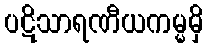
ပဋိသာရဏီယကမ္မမှိ